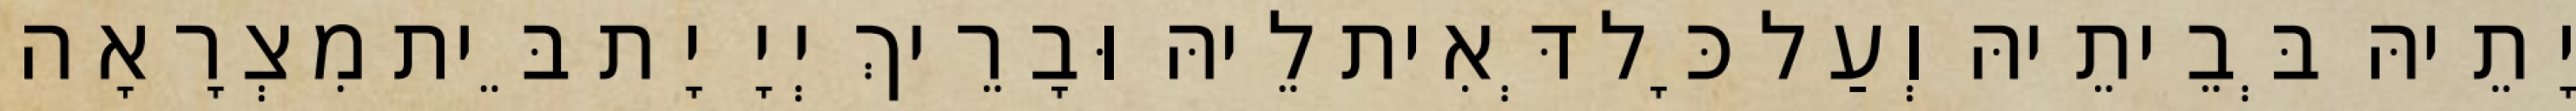
יָתֵיהּ בְּבֵיתֵיהּ וְעַל כָּל דְּאִית לֵיהּ וּבָרֵיךְ יְיָ יָת בֵּית מִצְרָאָה